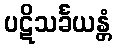
ပဋိသင်္ခယန္တံ